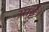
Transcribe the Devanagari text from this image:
आईे।